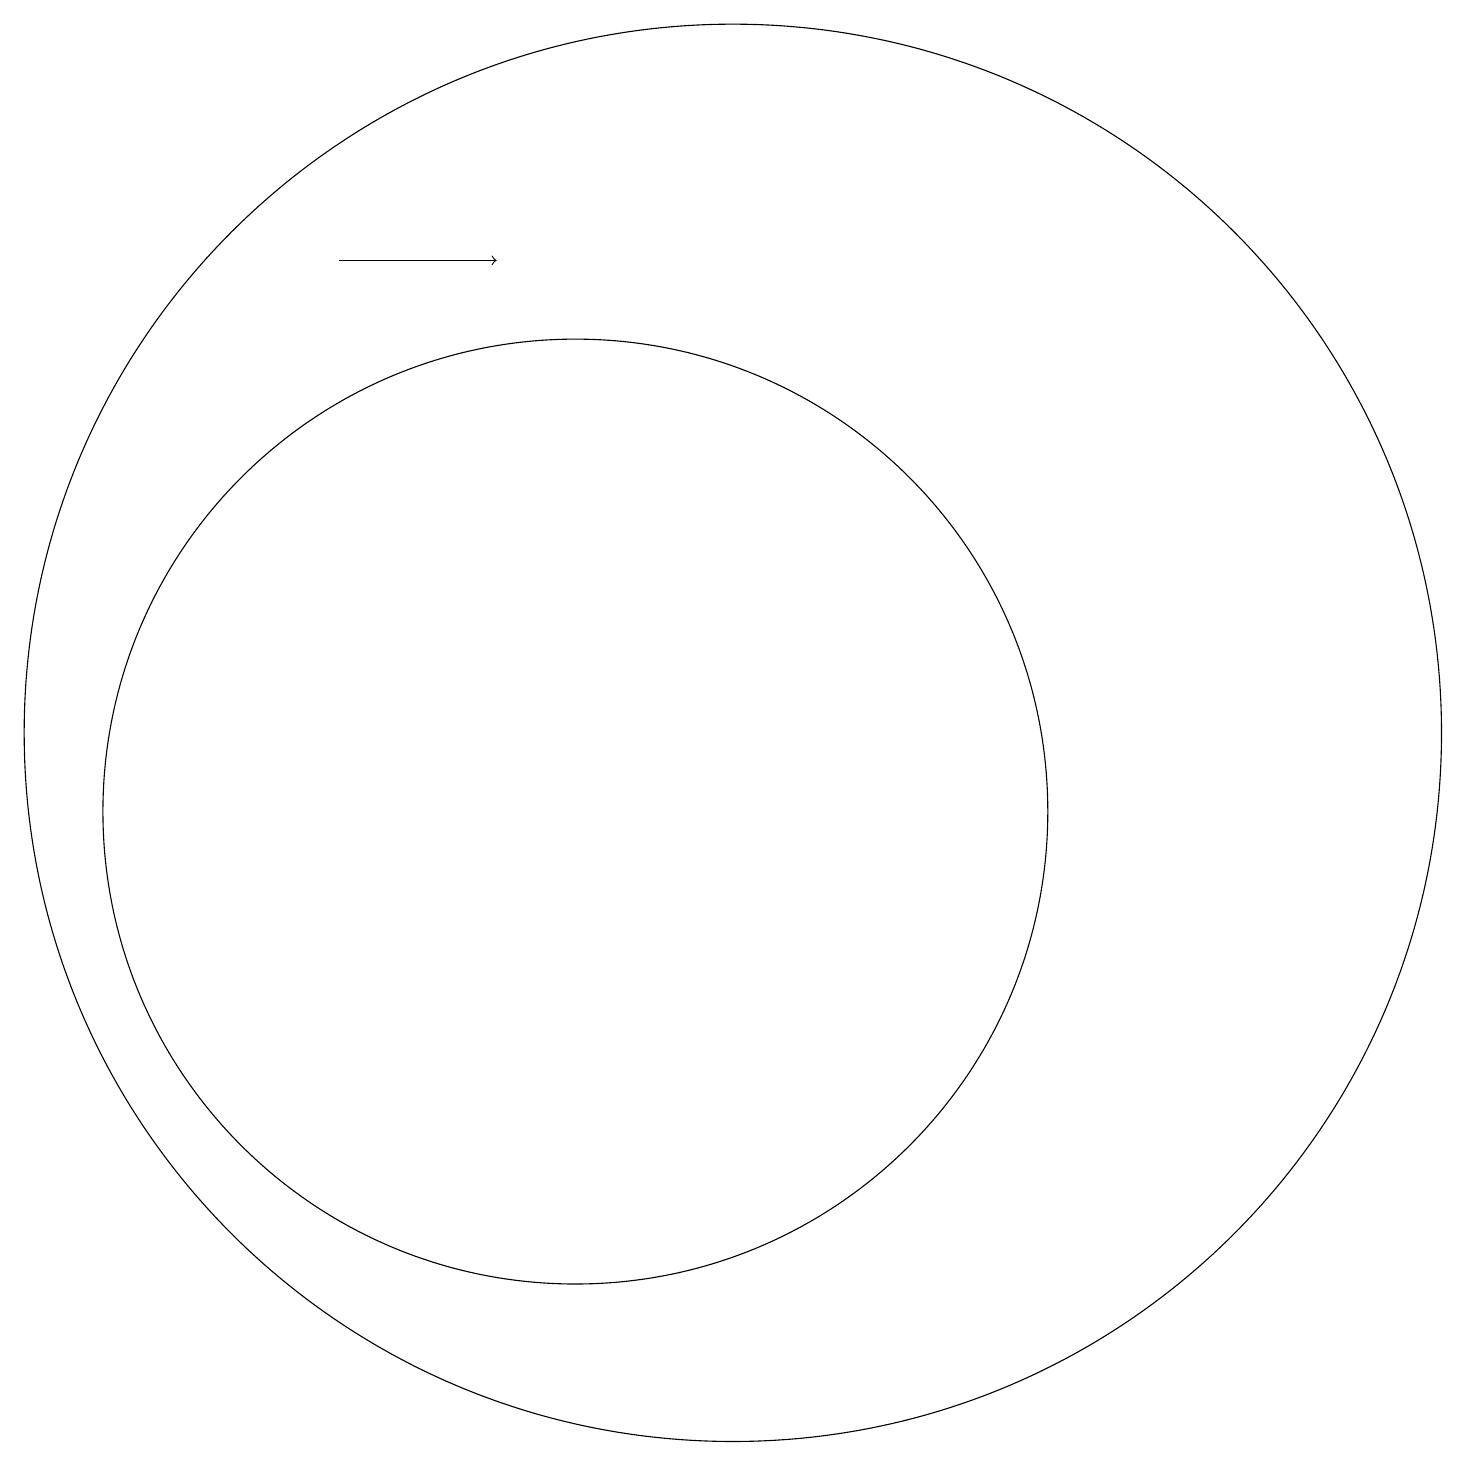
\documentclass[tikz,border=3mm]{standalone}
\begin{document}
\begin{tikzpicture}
\draw (10,10) circle (6);
\draw (12,11) circle (9);
\draw[->] (7,17) -- (9,17);
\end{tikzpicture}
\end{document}